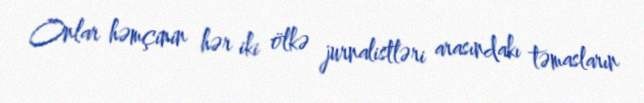
Onlar həmçinin hər iki ölkə jurnalistləri arasındakı təmasların